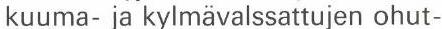
kuuma- ja kylmävalssattujen ohut-